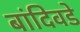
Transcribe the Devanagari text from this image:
बांदिवडे